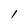
Character: 1